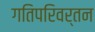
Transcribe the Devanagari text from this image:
गतिपरिवर्तन